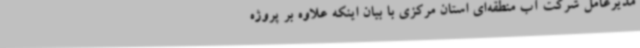
مدیرعامل شرکت آب منطقه‌ای استان مرکزی با بیان اینکه علاوه بر پروژه